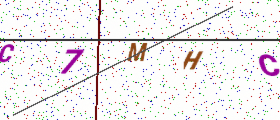
Text: C7MHC